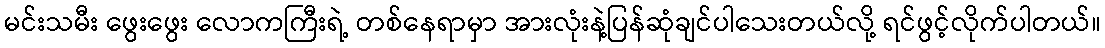
မင်းသမီး ဖွေးဖွေး လောကကြီးရဲ့ တစ်နေရာမှာ အားလုံးနဲ့ပြန်ဆုံချင်ပါသေးတယ်လို့ ရင်ဖွင့်လိုက်ပါတယ်။